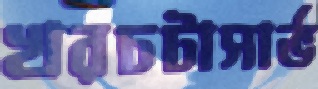
খরচটাসার্ভ